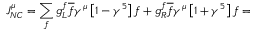
J _ { N C } ^ { \mu } = \sum _ { f } g _ { L } ^ { f } \overline { { f } } \gamma ^ { \mu } \left[ 1 - \gamma ^ { 5 } \right] f + g _ { R } ^ { f } \overline { { f } } \gamma ^ { \mu } \left[ 1 + \gamma ^ { 5 } \right] f =